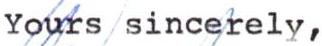
Yoyrs/sincerely,